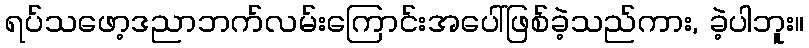
ရပ်သဖော့ဒညာဘက်လမ်းကြောင်းအပေါ်ဖြစ်ခဲ့သည်ကား, ခဲ့ပါဘူး။